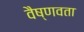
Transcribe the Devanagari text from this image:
वैष्णवता